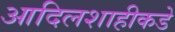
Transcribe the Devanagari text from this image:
आदिलशाहीकडे